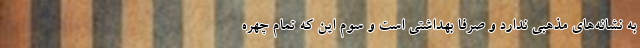
به نشانه‌های مذهبی ندارد و صرفا بهداشتی است و سوم این که تمام چهره